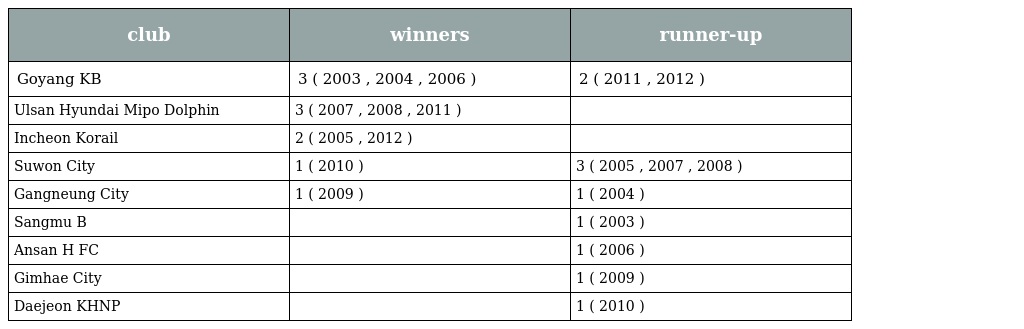
| club | winners | runner-up |
 | --- | --- | --- |
 | Goyang KB | 3 ( 2003 , 2004 , 2006 ) | 2 ( 2011 , 2012 ) |
 | Ulsan Hyundai Mipo Dolphin | 3 ( 2007 , 2008 , 2011 ) |  |
 | Incheon Korail | 2 ( 2005 , 2012 ) |  |
 | Suwon City | 1 ( 2010 ) | 3 ( 2005 , 2007 , 2008 ) |
 | Gangneung City | 1 ( 2009 ) | 1 ( 2004 ) |
 | Sangmu B |  | 1 ( 2003 ) |
 | Ansan H FC |  | 1 ( 2006 ) |
 | Gimhae City |  | 1 ( 2009 ) |
 | Daejeon KHNP |  | 1 ( 2010 ) |